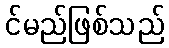
င်မည်ဖြစ်သည်